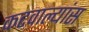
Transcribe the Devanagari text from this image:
कटवाल्यांस